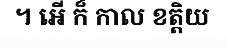
។ អើ ក៏ កាល ខត្តិយ